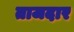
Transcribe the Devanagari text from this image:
ताजदार